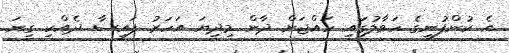
އެ ކުންފުނީގެ ހަވާލުގައި ހައްޖަށް ދާން މިދިޔަ އަހަރު ފައިސާ ދެއްކި ގިނަ